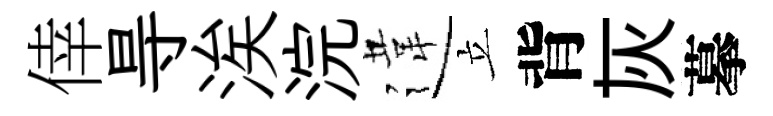
倖㝵涘浣違立背灰摹